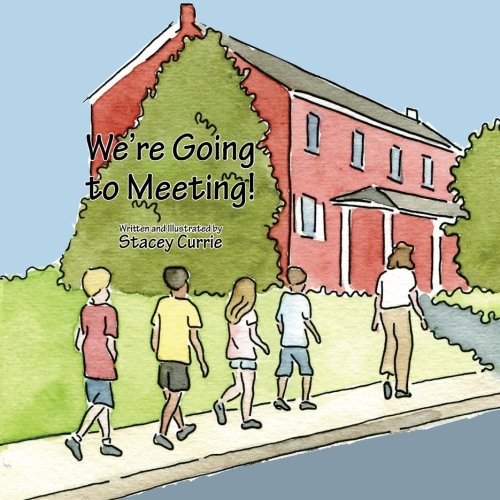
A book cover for We're Going to Meeting!; Stacey Currie; Christian Books & Bibles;